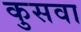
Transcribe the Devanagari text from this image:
कुसवा